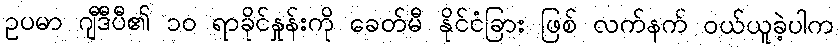
ဥပမာ ဂျီဒီပီ၏ ၁၀ ရာခိုင်နှုန်းကို ခေတ်မီ နိုင်ငံခြား ဖြစ် လက်နက် ဝယ်ယူခဲ့ပါက